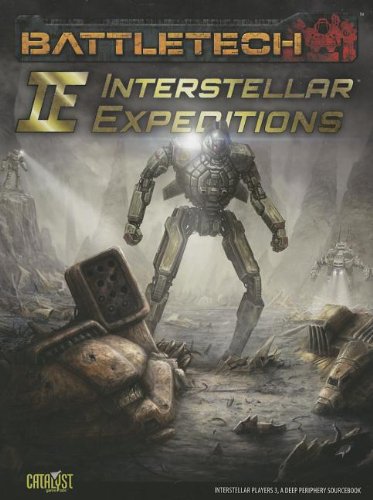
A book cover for Interstellar Expeditions Report IP3 (Battletech); Catalyst Game Labs; Science Fiction & Fantasy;